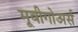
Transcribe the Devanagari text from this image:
मूवीगोअर्स